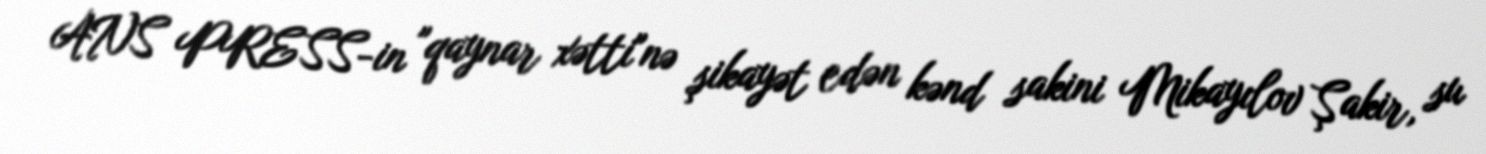
ANS PRESS-in "qaynar xətti"nə şikayət edən kənd sakini Mikayılov Şakir, su